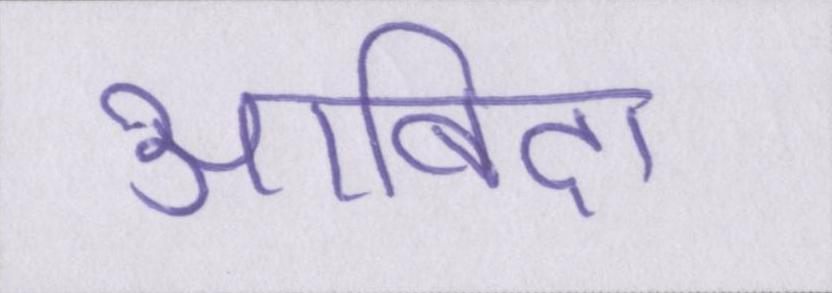
आबिदा